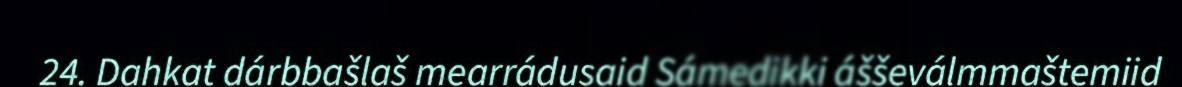
24. Dahkat dárbbašlaš mearrádusaid Sámedikki ášševálmmaštemiid